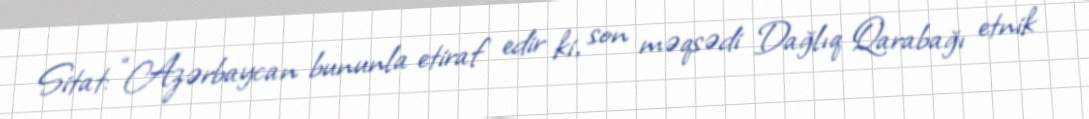
Sitat: “Azərbaycan bununla etiraf edir ki, son məqsədi Dağlıq Qarabağı etnik